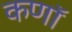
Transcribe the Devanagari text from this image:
कणॉ